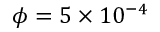
\phi = 5 \times 1 0 ^ { - 4 }